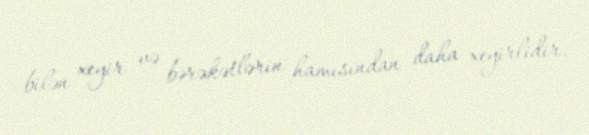
bilən xeyir və bərəkətlərin hamısından daha xeyirlidir.